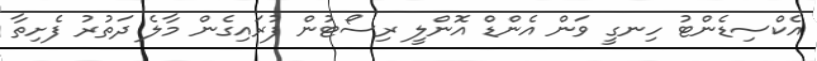
އެކްސިޑެންޓު ހިނގީ ވަން އެންޑް އޮންލީ ރިސޯޓުން ފުރައިގެން މާލެ ދަތުރު ފެށިތާ